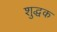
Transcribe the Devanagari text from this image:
शुद्धक